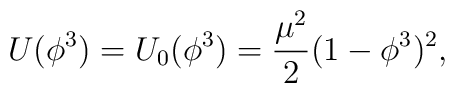
U(\phi^3)=U_0 (\phi^3)=\frac{\mu^2}{2} (1-\phi^3)^2 ,